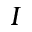
I